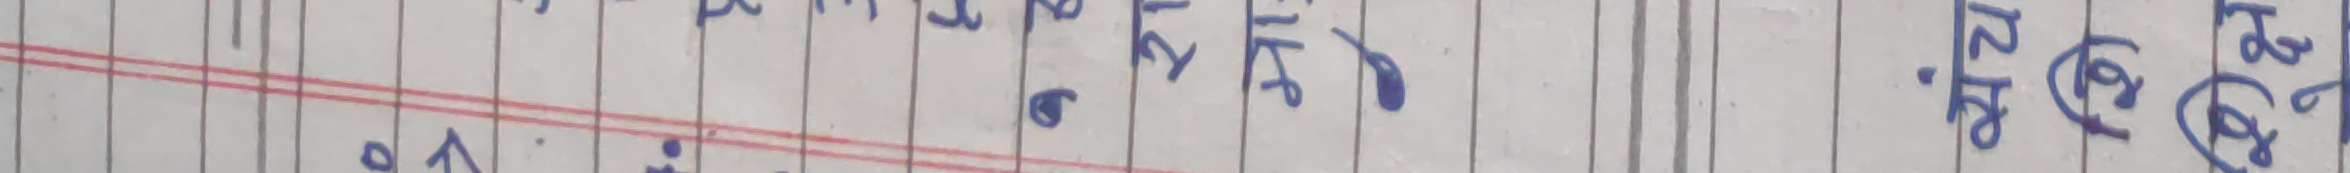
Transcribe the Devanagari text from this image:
हिंड्न गयौ ।